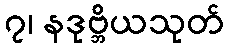
၇၊ နဒုဗ္ဘိယသုတ်